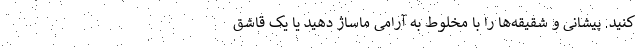
کنید. پیشانی و شقیقه‌ها را با مخلوط به آرامی ماساژ دهید یا یک قاشق